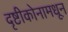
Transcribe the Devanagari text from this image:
दृष्टीकोनामधून